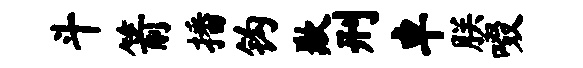
斗箭播钩歉刑卓朕啜